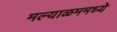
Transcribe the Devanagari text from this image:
मल्याळममध्ये